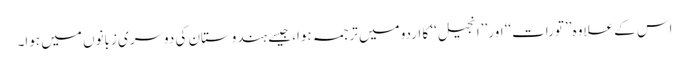
اس کے علاوہ ’’تورات‘‘ اور ’’انجیل‘‘ کا اردو میں ترجمہ ہوا، جیسے ہندوستان کی دوسری زبانوں میں ہوا۔